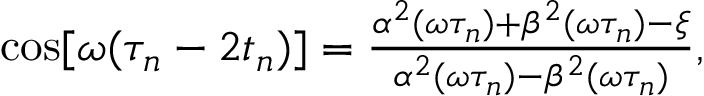
\begin{array} { r } { \cos [ \omega ( \tau _ { n } - 2 t _ { n } ) ] = \frac { \alpha ^ { 2 } ( \omega \tau _ { n } ) + \beta ^ { 2 } ( \omega \tau _ { n } ) - \xi } { \alpha ^ { 2 } ( \omega \tau _ { n } ) - \beta ^ { 2 } ( \omega \tau _ { n } ) } , } \end{array}